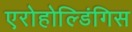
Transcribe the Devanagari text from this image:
एरोहोल्डिंगिस